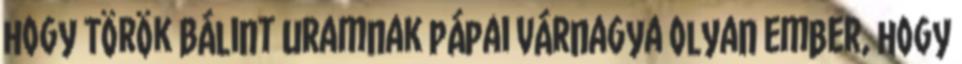
hogy Török Bálint uramnak pápai várnagya olyan ember, hogy